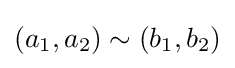
(a_{1},a_{2})\sim (b_{1},b_{2})